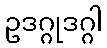
ဥဒဂ္ဂုဒဂ္ဂါ